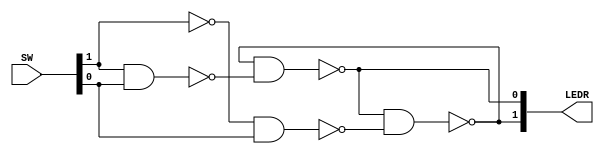
module lab2(SW,LEDR);
input [2:0] SW;
output[2:0] LEDR;

wire D;
assign D=SW[1];
wire Clk;
assign Clk=SW[0];
wire S;

assign S=~(D&Clk);
wire R;
assign R=~(~D&Clk);

wire Qa,Qb;
assign Qa=~(Qb&S);
assign Qb=~(Qa&R);

assign LEDR[0]=Qa;
assign LEDR[1]=Qb;
endmodule